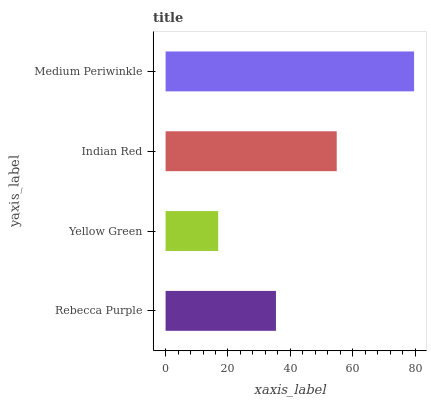
| yaxis_label | bars |
 | --- | --- |
 | Rebecca Purple | 35.4 |
 | Yellow Green | 16.9 |
 | Indian Red | 54.9 |
 | Medium Periwinkle | 79.7 |